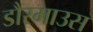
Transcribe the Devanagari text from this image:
डौरमाउस